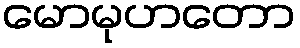
မောမုဟတော